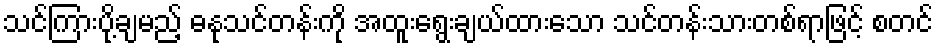
သင်ကြားပို့ချမည့် ဓနုသင်တန်းကို အထူးရွေးချယ်ထားသော သင်တန်းသားတစ်ရာဖြင့် စတင်